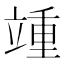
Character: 𬔥